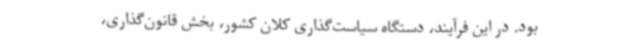
بود. در این فرآیند، دستگاه سیاست‌گذاری کلان کشور، بخش قانون‌گذاری،